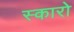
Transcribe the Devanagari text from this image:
स्कारो